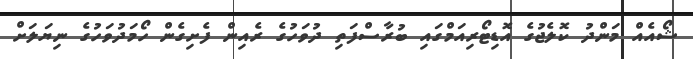
ޝޯއެއް މަންދު ކޮލެޖުގެ އޮޑިޓޯރިއަމްގައި ބުރާސްފަތި ދުވަހުގެ ރެއިން ފެށިގެން ހޯމަދުވަހުގެ ނިޔަލަށް